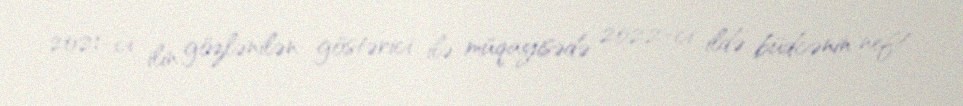
2021-ci ilin gözlənilən göstərici ilə müqayisədə 2022-ci ildə büdcənin neft